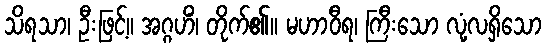
သိရသာ၊ ဦးဖြင့်။ အဂ္ဂဟိံ၊ တိုက်၏။ မဟာဝီရ၊ ကြီးသော လုံ့လရှိသော